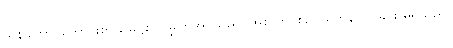
သုနိခါတာ၊ ကောင်းစွာ မြေ၌စိုက်မြှုတ်အပ်သည်။ အစလာ၊ စဉ်ငယ်တုန်လှုပ်ခြင်း မရှိသည်။